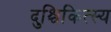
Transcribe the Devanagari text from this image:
दुश्चिकित्स्य